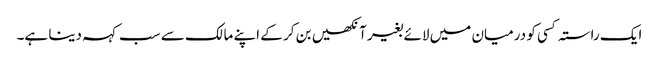
ایک راستہ کسی کو درمیان میں لائے بغیر آنکھیں بن کر کے اپنے مالک سے سب کہہ دینا ہے۔